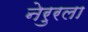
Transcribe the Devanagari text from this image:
नेरुरला